Dysentery in Hazaribagh Central Jail - Number 52
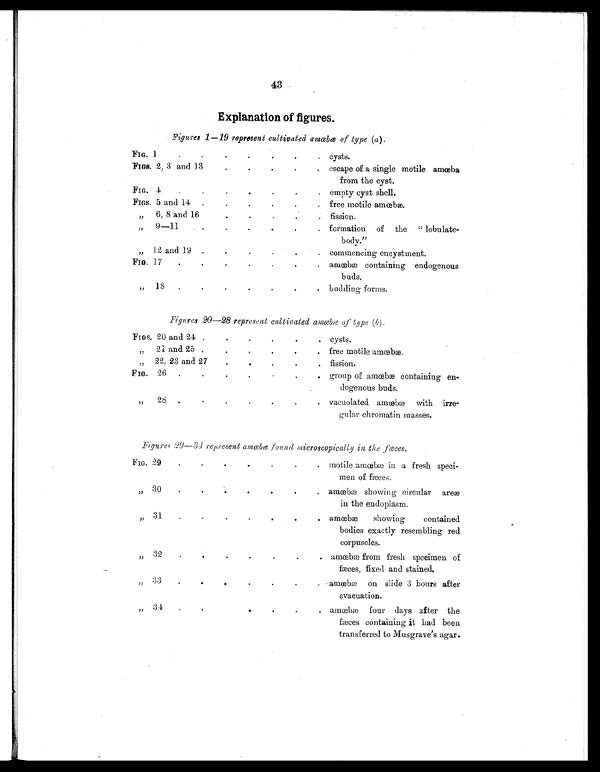
43
Explanation of figures.
Figures 1—19 represent cultivated amœbæ of type (a ).
FIG. 1
.
.
.
.
. .
. cysts.
FIGS. 2, 3 and 13
.
.
.
.
. escape of a single motile amœba
from the cyst.
FIG. 4
.
.
.
.
.
.
. empty cyst shell.
FIGS. 5 and 14 .
.
.
.
.
. free motile amœbæ.
„ 6, 8 and 16
.
.
.
.
. fission.
„ 9—11
.
.
.
.
.
. formation of the " lobulate-
body."
„ 12 and 19 .
.
.
.
.
. commencing encystment.
FIG. 17
.
. .
.
.
.
. amœbce containing endogenous
buds.
„
18
.
.
.
.
.
. . budding forms.
Figures 20—28 represent cultivated amœbæ of type (b).
FIGS. 20 and 24
.
.
.
.
.
. cysts.
„
21 and 25
.
.
.
.
.
. free motile amœbæ.
„ 22, 23 and 27
.
.
.
.
. fission.
FIG. 26
. .
.
.
.
.
. group of amœbæ containing en-
dogenous buds.
„ 28 .
.
.
. .
.
. vacuolated amœbæ with irre-
gular chromatin masses.
Figures 29—34 represent amœbæ found microscopically in the fæces.
FIG. 29
.
.
. .
.
. . motile amœbæ in a fresh speci-
men of fæces.
„ 30
.
.
.
.
.
.
. amœbæ showing circular are
æ
in the endoplasm.
„ 31
.
.
.
.
.
.
. amœbæ showing contained
bodies exactly resembling red
corpuscles.
„ 32
.
.
.
.
.
.
. amœbæ from fresh specimen of
fæces, fixed and stained.
„
3 3
.
.
.
.
.
.
. amœbæ on slide 3 hours after
evacuation.
„ 34
.
.
.
.
.
.
. amœbæ four days after the
fæces containing it had been
transferred to Musgrave's agar.